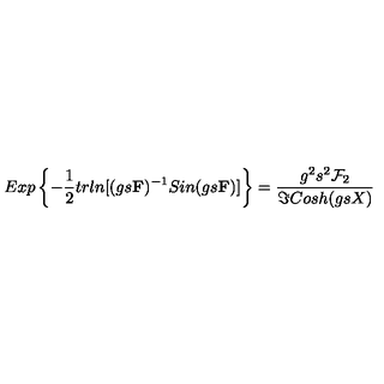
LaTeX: E x p \left\{ - \frac { 1 } { 2 } t r l n [ ( g s { \bf F } ) ^ { - 1 } S i n ( g s { \bf F } ) ] \right\} = \frac { g ^ { 2 } s ^ { 2 } { \cal F } _ { 2 } } { \Im C o s h ( g s X ) }